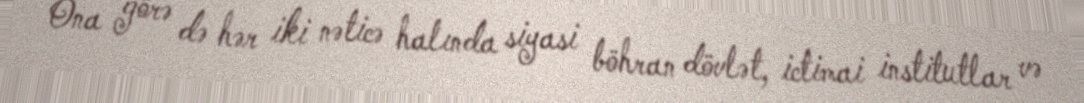
Ona görə də hər iki nəticə halında siyasi böhran dövlət, ictimai institutlar və